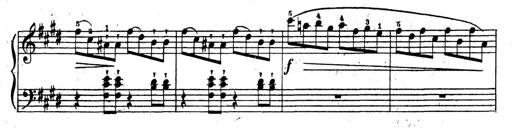
Title: 10 Sonatinas
Composer: Fritz Spindler